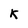
Character: K